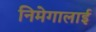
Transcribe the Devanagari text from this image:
निमेगालाई